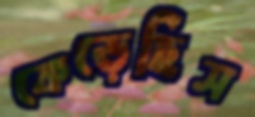
কেড়েছিস